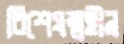
বিশেষত্বহীন